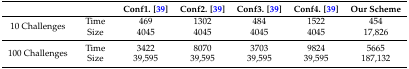
<table><thead><tr><td></td><td></td><td><b>Conf1. [39]</b></td><td><b>Conf2. [39]</b></td><td><b>Conf3. [39]</b></td><td><b>Conf4. [39]</b></td><td><b>Our Scheme</b></td></tr></thead><tbody><tr><td>10 Challenges</td><td>TimeSize</td><td>4694045</td><td>13024045</td><td>4844045</td><td>15224045</td><td>45417,826</td></tr><tr><td>100 Challenges</td><td>TimeSize</td><td>342239,595</td><td>807039,595</td><td>370339,595</td><td>982439,595</td><td>5665187,132</td></tr></tbody></table>